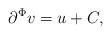
LaTeX: \begin{align*}\partial^{\Phi}v = u + C,\end{align*}